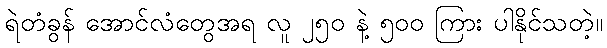
ရဲတံခွန် အောင်လံတွေအရ လူ ၂၅၀ နဲ့ ၅၀၀ ကြား ပါနိုင်သတဲ့။